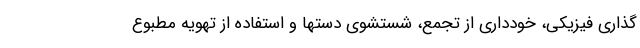
گذاری فیزیکی، خودداری از تجمع، شستشوی دستها و استفاده از تهویه مطبوع